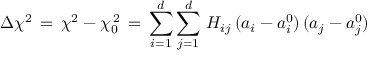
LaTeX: \Delta \chi ^ { 2 } \, = \, \chi ^ { 2 } - \chi _ { 0 } ^ { \, 2 } \, = \, \sum _ { i = 1 } ^ { d } \sum _ { j = 1 } ^ { d } \, H _ { i j } \, ( a _ { i } - a _ { i } ^ { 0 } ) \, ( a _ { j } - a _ { j } ^ { 0 } )